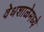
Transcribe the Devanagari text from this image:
वेधशाळेमध्ये